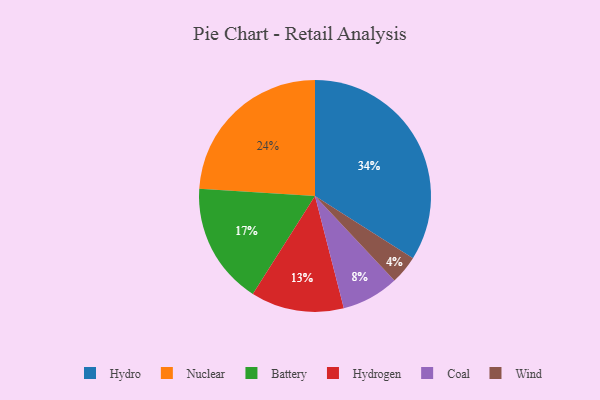
{"axis": {"x": "Category", "y": "Percentage"}, "legend": ["Battery", "Coal", "Hydro", "Hydrogen", "Nuclear", "Wind"], "data": [{"x": "Hydro", "y": 34, "type": "Hydro"}, {"x": "Hydrogen", "y": 13, "type": "Hydrogen"}, {"x": "Battery", "y": 17, "type": "Battery"}, {"x": "Coal", "y": 8, "type": "Coal"}, {"x": "Nuclear", "y": 24, "type": "Nuclear"}, {"x": "Wind", "y": 4, "type": "Wind"}]}